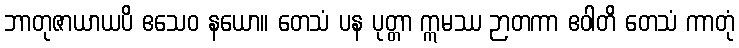
ဘာတုဇာယာယပိ ဧသေဝ နယော။ တေသံ ပန ပုတ္တာ ဣမဿ ဉာတကာ ဧဝါတိ တေသံ ကာတုံ